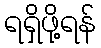
ရရှိဖို့ရန်